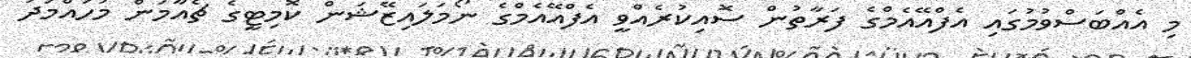
މި އެއްބަސްވުމުގައި އެފްއޭއެމްގެ ފަރާތުން ސޮއިކުރެއްވީ އެފްއޭއެމްގެ ނޯމަލައިޒޭޝަން ކޮމިޓީގެ ޗެއާމަން މުހައްމަދު